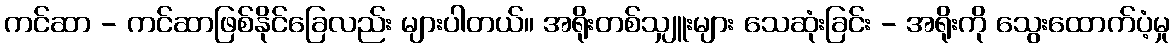
ကင်ဆာ - ကင်ဆာဖြစ်နိုင်ခြေလည်း များပါတယ်။ အရိုးတစ်သျှူးများ သေဆုံးခြင်း - အရိုးကို သွေးထောက်ပံ့မှု